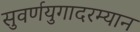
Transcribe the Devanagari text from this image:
सुवर्णयुगादरम्यान